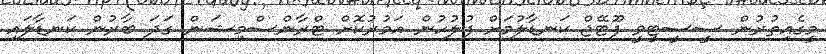
މީގެއިތުރުން ސީސީޓީވީ ފޫޓޭޖް ކަނޑާލުމަށް ފުލުހުން އަމުރުކޮށް ޓްރާންސްމިޝަން ގަދަ ބާރުން ކަނޑާލައި